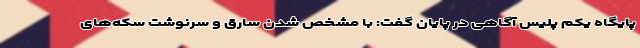
پایگاه یکم پلیس آگاهی در پایان گفت: با مشخص شدن سارق و سرنوشت سکه‌های